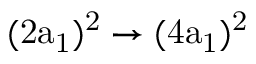
\mathrm { ( 2 a _ { 1 } ) ^ { 2 } \rightarrow ( 4 a _ { 1 } ) ^ { 2 } }